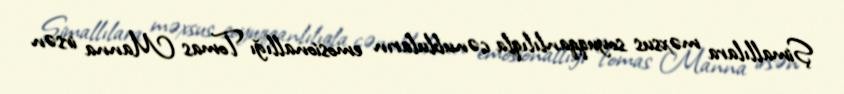
Şimallılara məxsus soyuqqanlılıqla cənubluların emosionallığı Tomas Manna irsən